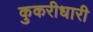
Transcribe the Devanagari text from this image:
कुकरीधारी